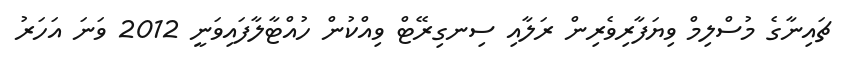
ޗައިނާގެ މުސްލިމް ވިޔަފާރިވެރިން ރަލާއި ސިނގިރޭޓް ވިއްކުން ހުއްޓާލާފައިވަނީ 2012 ވަނަ އަހަރު